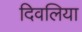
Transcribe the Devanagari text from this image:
दिवलिया